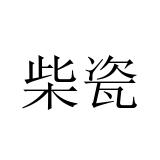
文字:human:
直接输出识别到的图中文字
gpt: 柴瓷